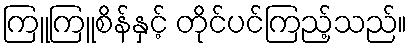
ကြူကြူစိန်နှင့် တိုင်ပင်ကြည့်သည်။